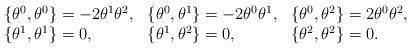
LaTeX: \begin{align*}\begin{array}{lll}\{\theta^0,\theta^0\}=-2\theta^1\theta^2,&\{\theta^0,\theta^1\}=-2\theta^0\theta^1,&\{\theta^0,\theta^2\}=2\theta^0\theta^2, \\\{\theta^1,\theta^1\}=0,&\{\theta^1,\theta^2\}=0,&\{\theta^2,\theta^2\}=0.\end{array}\end{align*}